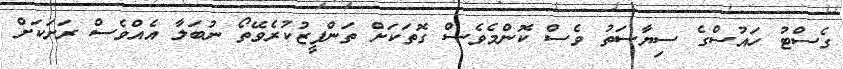
ގެސްޓު ހައުސްގެ ސިޔާސަތު ވެސް ކޮންމެވެސް ގޮތަކަށް ތަންފީޒުކުރެވޭތޯ ނުބަލާ އެއްވެސް ރަށަކަށް